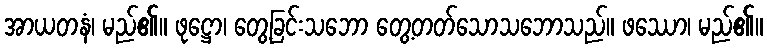
အာယတနံ၊ မည်၏။ ဖုဋ္ဌော၊ တွေ့ခြင်းသဘော တွေ့တတ်သောသဘောသည်။ ဖဿော၊ မည်၏။